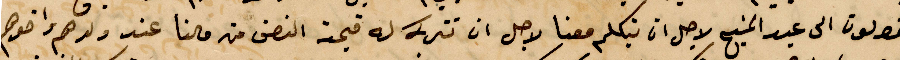
يقولون الى عبد المسيح لاجل ان يتكلم معنا لاجل ان تتركه له فيمة النصف من مالنا عند ولدهم واخوهم